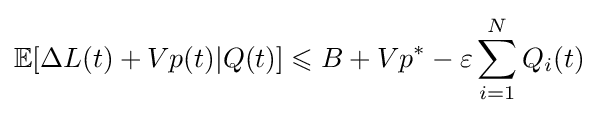
\mathbb {E} [\Delta L(t)+Vp(t)|Q(t)]\leqslant B+Vp^{*}-\varepsilon \sum _{i=1}^{N}Q_{i}(t)